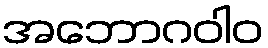
အဘောဂဝါဝ